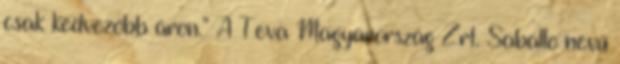
csak kedvezőbb áron.” A Teva Magyarország Zrt. Saballo nevű